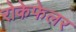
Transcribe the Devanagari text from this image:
रोकेफेलर